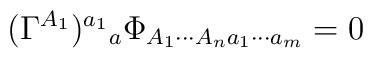
(\Gamma ^{A_1})^{a_1}{}_a\Phi _{A_1\cdots A_na_1\cdots a_m}=0